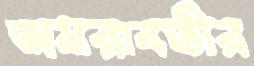
অমরাবতীর